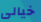
خيالى